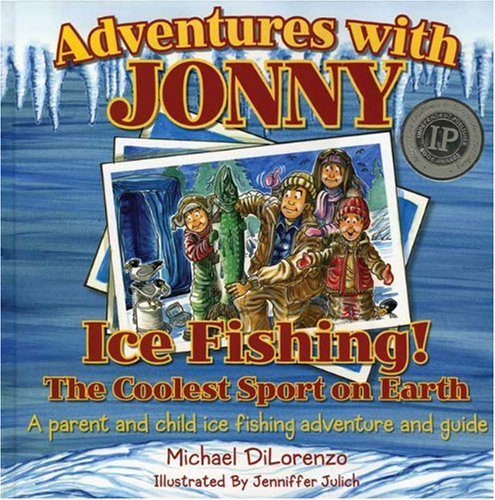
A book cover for Ice Fishing! The Coolest Sport on Earth (Adventures with Jonny); DiLorenzo Michael; Children's Books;